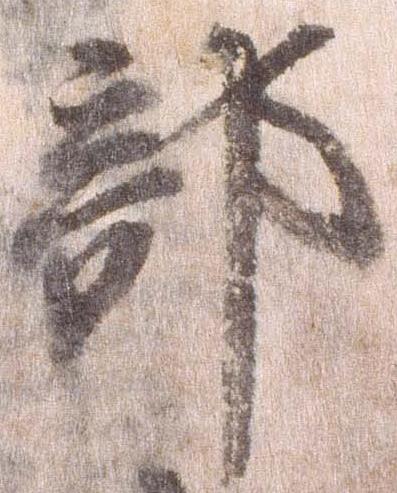
部